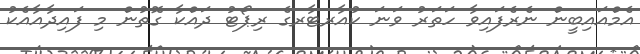
އެމްއައިބީން ނެރެފައިވާ ހަތަރު ވަނަ ކުއާރޓާރގެ ރިޕޯޓު ދައްކާ ގޮތުން މި ފައިދާއާއެކު